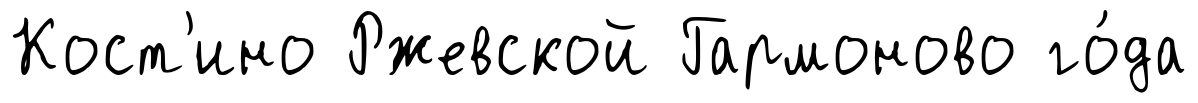
Кост'ино Ржевской Гармоново го́да